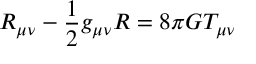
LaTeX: R _ { \mu \nu } - \frac { 1 } { 2 } g _ { \mu \nu } R = 8 \pi G T _ { \mu \nu }